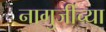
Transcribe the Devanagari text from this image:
नागुजींच्या